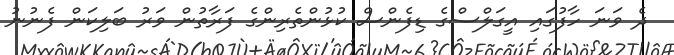
ދެ ވަނަ ހާފުގައި އީގަލްސްގެ ޑިފެންސް ކުޅުންތެރިންގެ ފަރާތުން ވަރު ބަލިކަން ފެނުނު